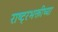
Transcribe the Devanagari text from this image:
राष्ट्रभक्तीच्या